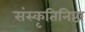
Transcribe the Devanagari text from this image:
संस्कृतिनिष्ठा